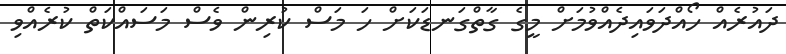
ދައުރެއް ހޯއްދަވައިދެއްވުމަށް މީގެ ގާތްގަނޑަކަށް ހަ މަސް ކުރިން ވެސް މަސައްކަތް ކުރެއްވި